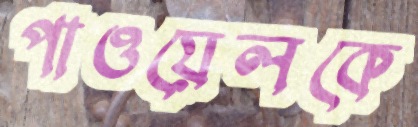
পাওয়েলকে